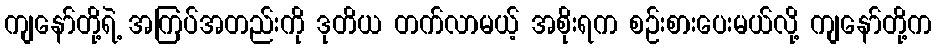
ကျနော်တို့ရဲ့ အကြပ်အတည်းကို ဒုတိယ တက်လာမယ့် အစိုးရက စဉ်းစားပေးမယ်လို့ ကျနော်တို့က